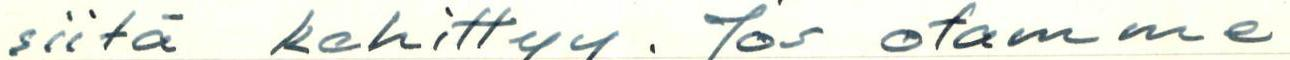
siitä kehittyy. Jos otamme